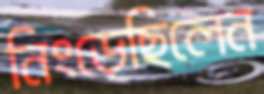
নিংড়েছিলেন